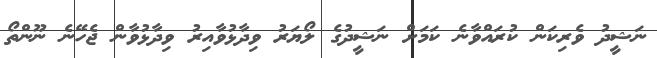
ނަޝީދު ވެރިކަން ކުރައްވާނެ ކަމަށް ނަޝީދުގެ ލޯޔަރު ވިދާޅުވާއިރު ވިދާޅުވާން ޖެހޭނެ ނޫންތޯ